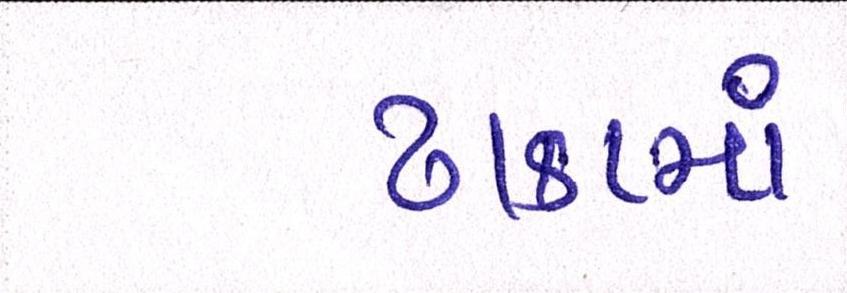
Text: ઢાકામાં